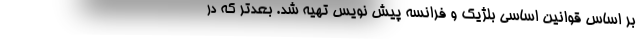
بر اساس قوانین اساسی بلژیک و فرانسه پیش نویس تهیه شد. بعد‌تر که در